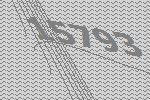
15793